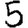
Digit: 5